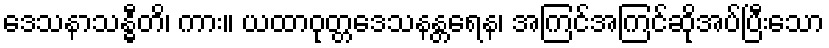
ဒေသနာသန္ဓီတိ၊ ကား။ ယထာဝုတ္တဒေသနန္တရေန၊ အကြင်အကြင်ဆိုအပ်ပြီးသော